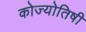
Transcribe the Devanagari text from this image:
कोज्योतिषी